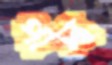
পাল